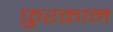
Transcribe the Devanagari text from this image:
फ़ुरक़ान